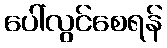
ပေါ်လွင်စေရန်